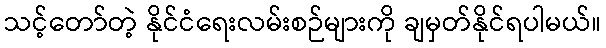
သင့်တော်တဲ့ နိုင်ငံရေးလမ်းစဉ်များကို ချမှတ်နိုင်ရပါမယ်။